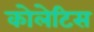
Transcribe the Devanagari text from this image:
कोलेटिस